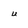
Character: u